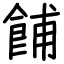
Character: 餔